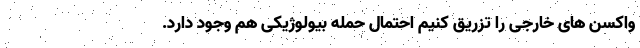
واکسن های خارجی را تزریق کنیم احتمال حمله بیولوژیکی هم وجود دارد.